Scottish Leaving Certificate Examination, 1957
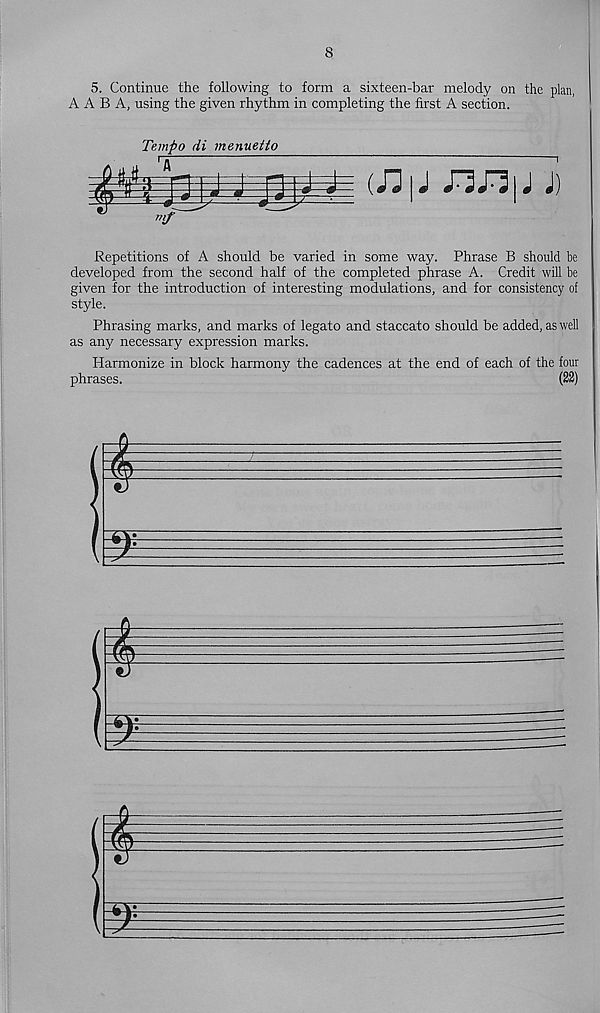
8
5. Continue the following to form a sixteen-bar melody on the plan,
A A B A, using the given rhythm in completing the first A section.
Tempo di menuetio
(/]|J Jl/llJ J)
Repetitions of A should be varied in some way. Phrase B should be
developed from the second half of the completed phrase A. Credit will be
given for the introduction of interesting modulations, and for consistency of
style.
Phrasing marks, and marks of legato and staccato should be added, as well
as any necessary expression marks.
Harmonize in block harmony the cadences at the end of each of the four
phrases.
(22)